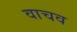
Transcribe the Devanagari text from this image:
वाचव